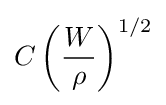
C\left({\frac {W}{\rho }}\right)^{1/2}